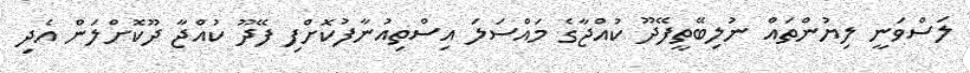
ލަސްވަނީ ލިޔުންތައް ނުލިބޭތީފޭދޫ ކުއްޖާގެ މައްސަލަ އިސްތިއުނާފުކޮށްފި ފޭދޫ ކުއްޖާ ދޫކޮށްލަން އެދި